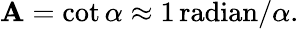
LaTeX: \mathbf{A}=\cot\alpha\approx1\, {\textrm{{radian}}}/\alpha.